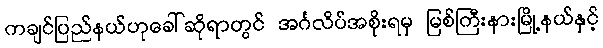
ကချင်ပြည်နယ်ဟုခေါ်ဆိုရာတွင် အင်္ဂလိပ်အစိုးရမှ မြစ်ကြီးနားမြို့နယ်နှင့်